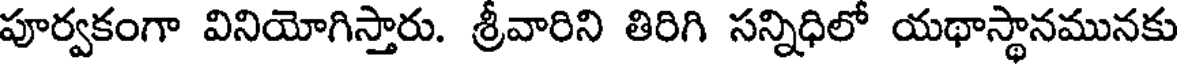
పూర్వకంగా వినియోగిస్తారు. శ్రీవారిని తిరిగి సన్నిధిలో యథాస్థానమునకు